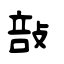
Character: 㪗